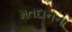
મતદાનના